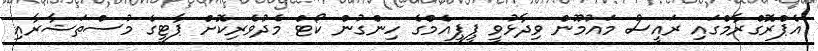
އެޕްރޮގްރާމްގައި ރައީސް މައުމޫން ވިދާޅުވީ ޕީޕީއެމްގެ ހިންގުން ކޯޓް މެދުވެރިކޮށް ޕާޓީގެ މުސްތަޝާރާއި